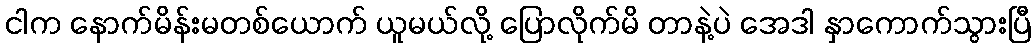
ငါက နောက်မိန်းမတစ်ယောက် ယူမယ်လို့ ပြောလိုက်မိ တာနဲ့ပဲ အေဒါ နှာကောက်သွားပြီ